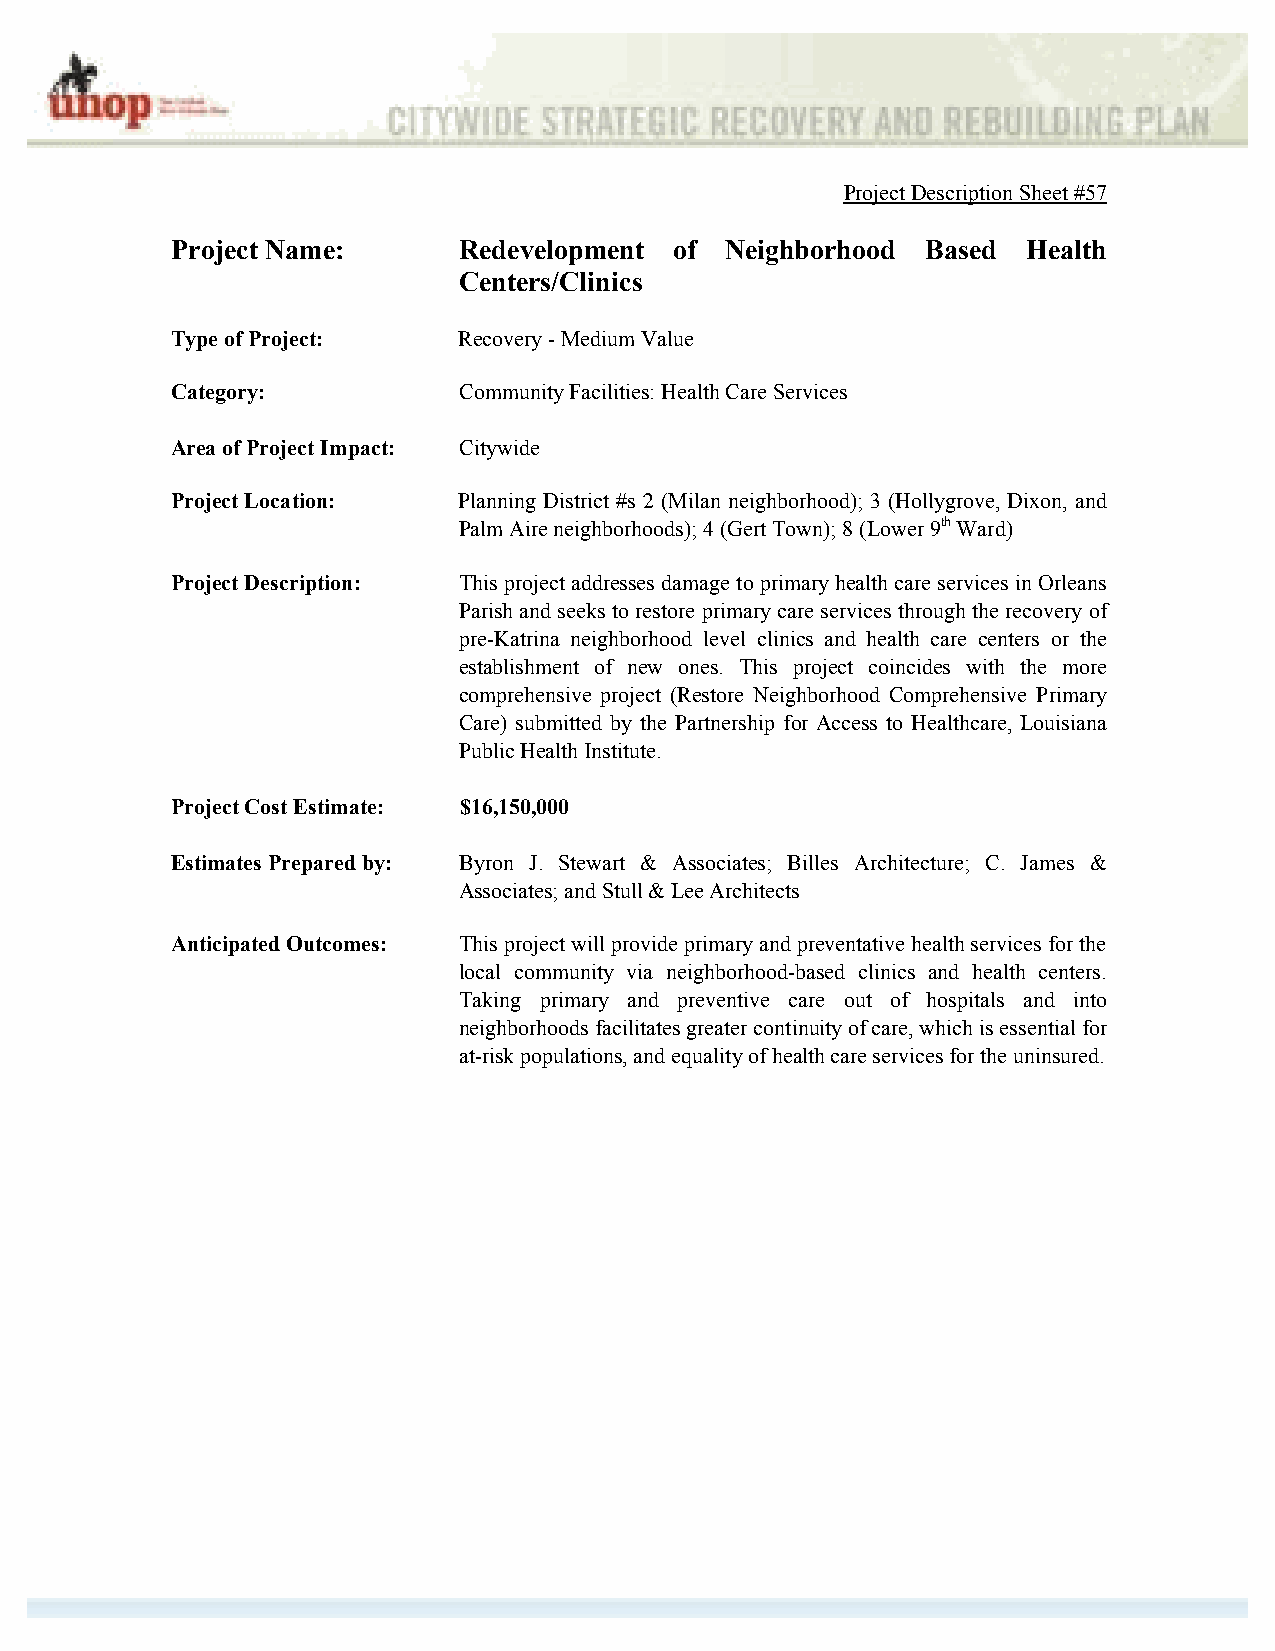
Project Description Sheet #57
 Project Name:      Redevelopment  of Neighborhood Based  Health
 Centers/Clinics
 Type of Project:   Recovery - Medium Value
 Category:          Community Facilities: Health Care Services
 Area of Project Impact: Citywide
 Project Location:  Planning District #s 2 (Milan neighborhood); 3 (Hollygrove, Dixon, and
 Palm Aire neighborhoods); 4 (Gert Town); 8 (Lower 9th Ward)
 Project Description: This project addresses damage to primary health care services in Orleans
 Parish and seeks to restore primary care services through the recovery of
 pre-Katrina neighborhood level clinics and health care centers or the
 establishment of new ones. This project coincides with the more
 comprehensive project (Restore Neighborhood Comprehensive Primary
 Care) submitted by the Partnership for Access to Healthcare, Louisiana
 Public Health Institute.
 Project Cost Estimate: $16,150,000
 Estimates Prepared by: Byron J. Stewart & Associates; Billes Architecture; C. James &
 Associates; and Stull & Lee Architects
 Anticipated Outcomes: This project will provide primary and preventative health services for the
 local community via neighborhood-based clinics and health centers.
 Taking primary and preventive care out of hospitals and into
 neighborhoods facilitates greater continuity of care, which is essential for
 at-risk populations, and equality of health care services for the uninsured.